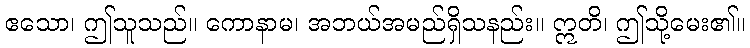
ဧသော၊ ဤသူသည်။ ကောနာမ၊ အဘယ်အမည်ရှိသနည်း။ ဣတိ၊ ဤသို့မေး၏။